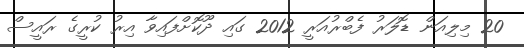
20 މިލިއަން ޑޮލަރު ފެބްރުއަރީ 2012 ގައި ދޫކޮށްފައިވާ އިރު ކުރީގެ ރައީސް